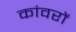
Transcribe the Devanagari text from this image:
कांवरों